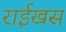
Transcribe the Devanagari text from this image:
राईखस